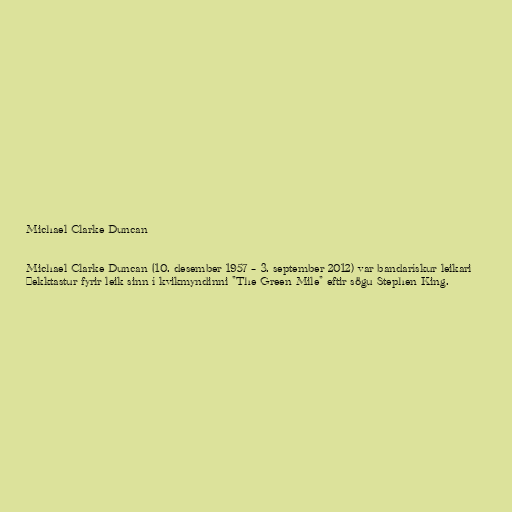
Michael Clarke Duncan

Michael Clarke Duncan (10. desember 1957 – 3. september 2012) var bandarískur leikari
þekktastur fyrir leik sinn í kvikmyndinni "The Green Mile" eftir sögu Stephen King.